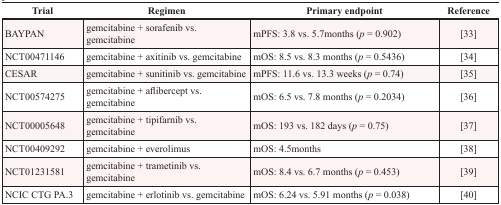
<table><thead><tr><td><b>Trial</b></td><td><b>Regimen</b></td><td><b>Primary endpoint</b></td><td><b>Reference</b></td></tr></thead><tbody><tr><td>BAYPAN</td><td>gemcitabine + sorafenib vs. gemcitabine</td><td>mPFS: 3.8 vs. 5.7months (<i>p</i> = 0.902)</td><td>[33]</td></tr><tr><td>NCT00471146</td><td>gemcitabine + axitinib vs. gemcitabine</td><td>mOS: 8.5 vs. 8.3 months (<i>p</i> = 0.5436)</td><td>[34]</td></tr><tr><td>CESAR</td><td>gemcitabine + sunitinib vs. gemcitabine</td><td>mPFS: 11.6 vs. 13.3 weeks (<i>p</i> = 0.74)</td><td>[35]</td></tr><tr><td>NCT00574275</td><td>gemcitabine + aflibercept vs. gemcitabine</td><td>mOS: 6.5 vs. 7.8 months (<i>p</i> = 0.2034)</td><td>[36]</td></tr><tr><td>NCT00005648</td><td>gemcitabine + tipifarnib vs. gemcitabine</td><td>mOS: 193 vs. 182 days (<i>p</i> = 0.75)</td><td>[37]</td></tr><tr><td>NCT00409292</td><td>gemcitabine + everolimus</td><td>mOS: 4.5months</td><td>[38]</td></tr><tr><td>NCT01231581</td><td>gemcitabine + trametinib vs. gemcitabine</td><td>mOS: 8.4 vs. 6.7 months (<i>p</i> = 0.453)</td><td>[39]</td></tr><tr><td>NCIC CTG PA.3</td><td>gemcitabine + erlotinib vs. gemcitabine</td><td>mOS: 6.24 vs. 5.91 months (<i>p</i> = 0.038)</td><td>[40]</td></tr></tbody></table>